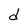
Character: d